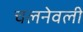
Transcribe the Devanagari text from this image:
चलनेवली